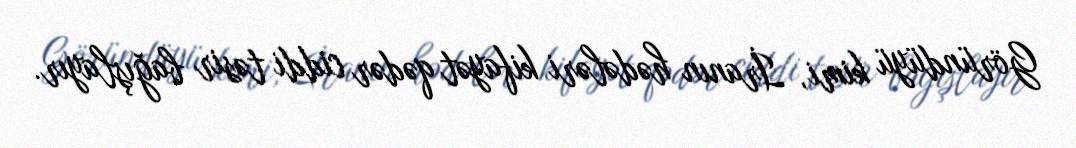
Göründüyü kimi, İranın hədələri kifayət qədər ciddi təsir bağışlayır.